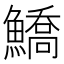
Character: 鱎